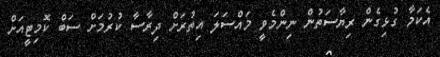
އެކަމާ ގުޅިގެން ރިޔާސަތުން ނިންމެވީ މައްސަލަ އިތުރަށް ދިރާސާ ކުރުމަށް ސަބް ކޮމިޓީއަށް